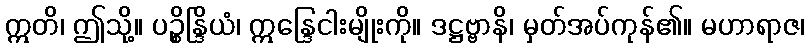
ဣတိ၊ ဤသို့။ ပဉ္စိန္ဒြိယံ၊ ဣန္ဒြေငါးမျိုးကို။ ဒဋ္ဌဗ္ဗာနိ၊ မှတ်အပ်ကုန်၏။ မဟာရာဇ၊